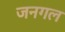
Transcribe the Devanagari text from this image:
जनगल